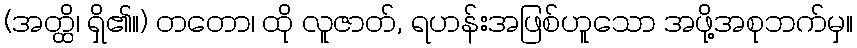
(အတ္ထိ၊ ရှိ၏။) တတော၊ ထို လူဇာတ်, ရဟန်းအဖြစ်ဟူသော အဖို့အစုဘက်မှ။